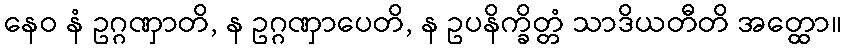
နေဝ နံ ဥဂ္ဂဏှာတိ, န ဥဂ္ဂဏှာပေတိ, န ဥပနိက္ခိတ္တံ သာဒိယတီတိ အတ္ထော။